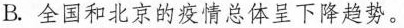
B.全国和北京的疫情总体呈下降趋势。